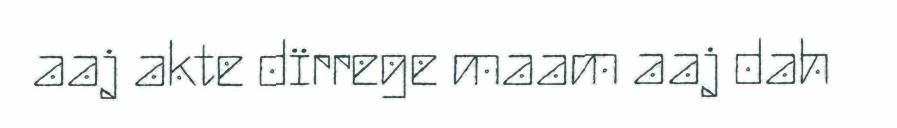
aaj akte dïrrege maam aaj dah